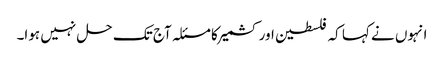
انہوں نے کہا کہ فلسطین اور کشمیر کا مسئلہ آج تک حل نہیں ہوا۔